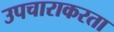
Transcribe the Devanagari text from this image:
उपचाराकरता